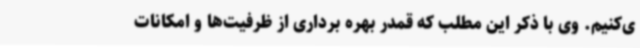
ی‌کنیم. وی با ذکر این مطلب که قمدر بهره برداری از ظرفیت‌ها و امکانات